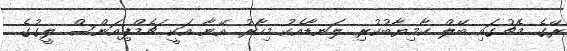
ރޭގެ މެޗުގައި ބޭލް ކާމިޔާބުކުރި ލަނޑާއެކު މިހާރު އޭނާ އަކީ ޗެމްޕިއަންސް ލީގުގެ